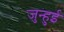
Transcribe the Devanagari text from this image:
जुन्हुई